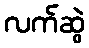
လက်ဆွဲ